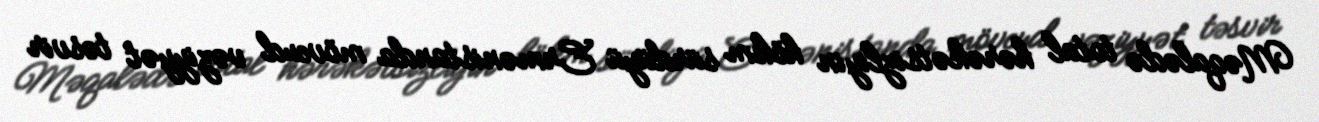
Məqalədə total hərəkətsizliyin hökm sürdüyü Ermənistanda mövcud vəziyyət təsvir